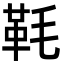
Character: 𩉪